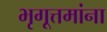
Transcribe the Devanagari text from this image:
भृगूत्तमांना